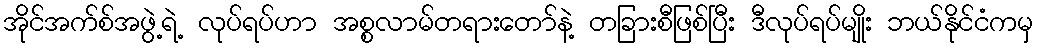
အိုင်အက်စ်အဖွဲ့ရဲ့ လုပ်ရပ်ဟာ အစ္စလာမ်တရားတော်နဲ့ တခြားစီဖြစ်ပြီး ဒီလုပ်ရပ်မျိုး ဘယ်နိုင်ငံကမှ